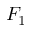
F _ { 1 }